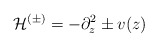
\begin{align*}\mathcal{H}^{(\pm)}=-\partial_z^2\pm v(z)\end{align*}